65_HS1-834228961_62-HQ-83894_Section_10
Agency: FBI
Page 158
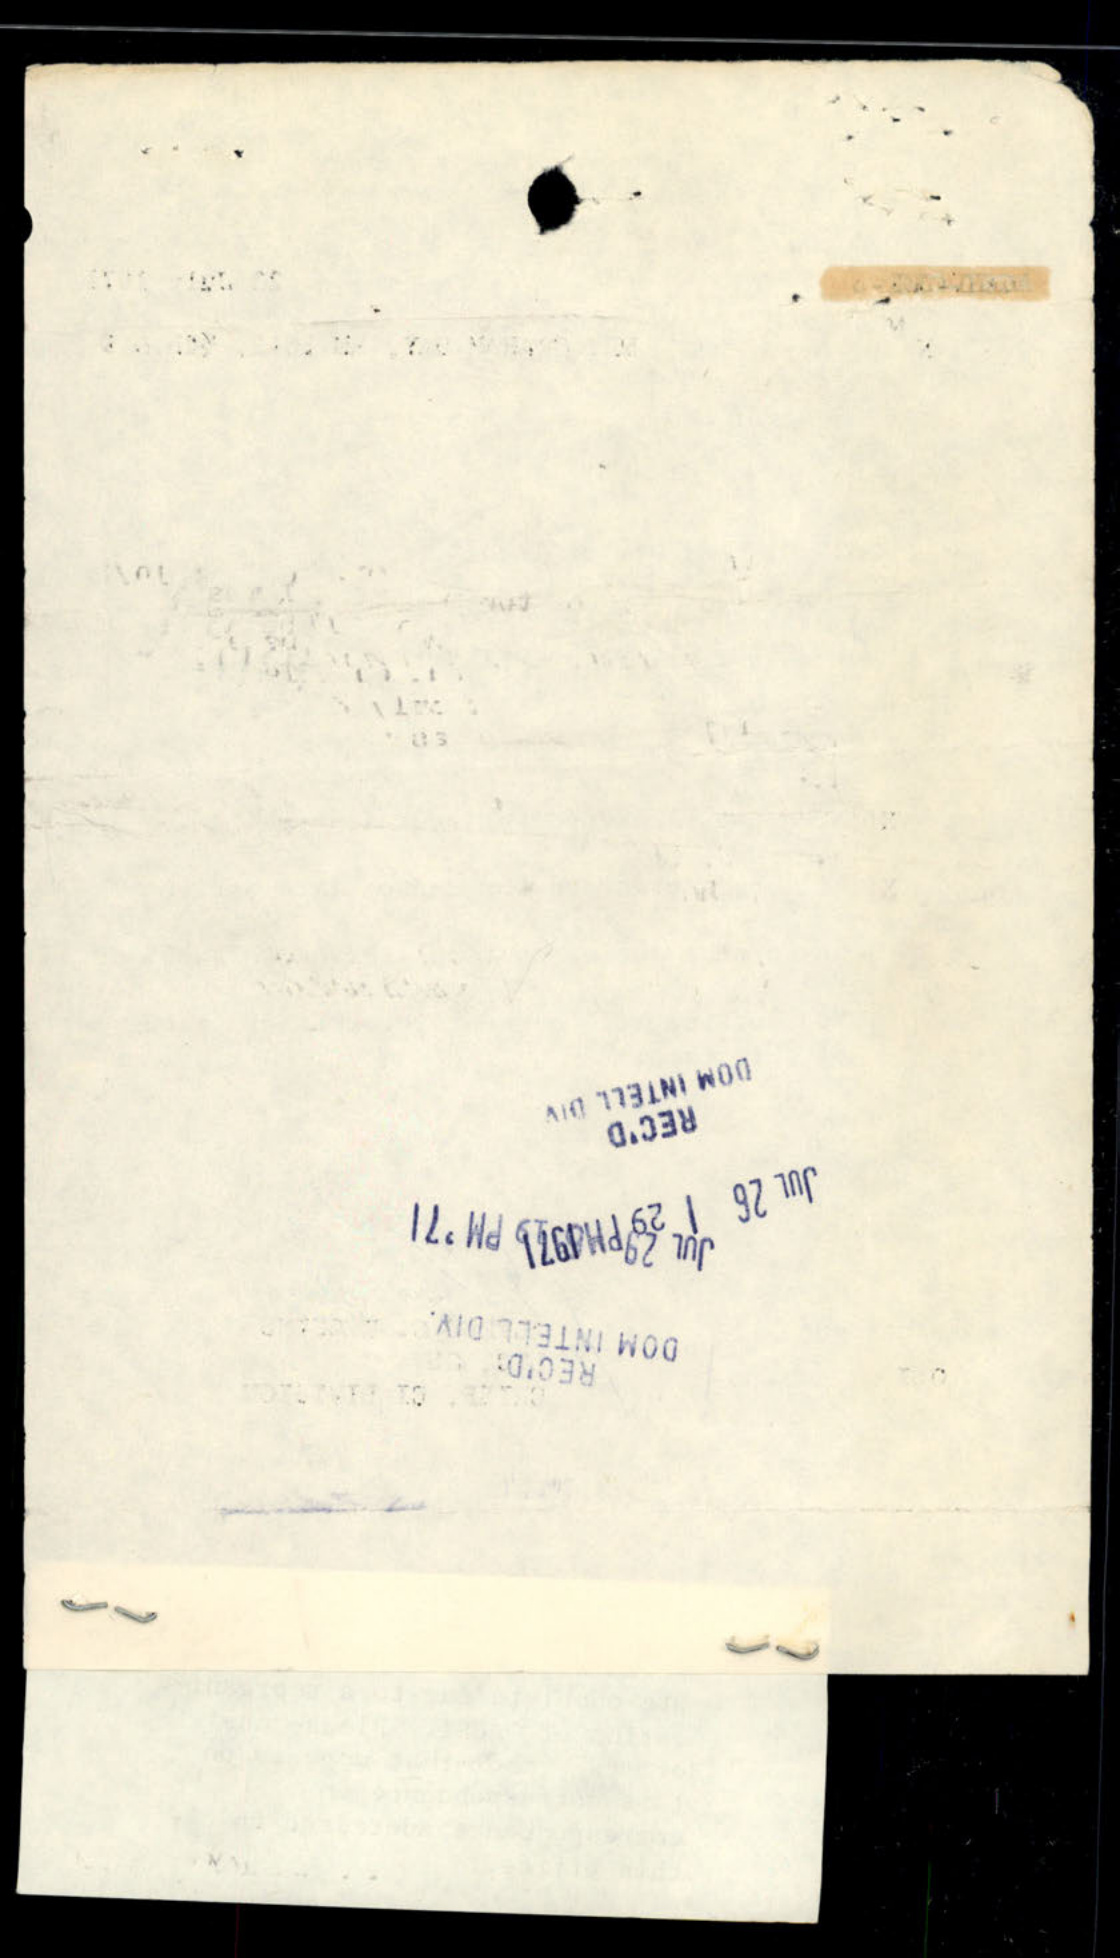